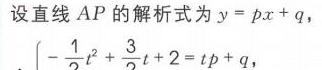
设直线\(AP\)的解析式为\(y = px + q\)，
\(\left\{-\dfrac{1}{2}t^{2}+\dfrac{3}{2}t + 2 = tp + q\right.\)